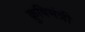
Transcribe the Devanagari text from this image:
क्रुषिमंत्री